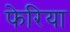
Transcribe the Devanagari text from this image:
फेरिया